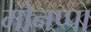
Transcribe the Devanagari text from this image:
मोनप्पा